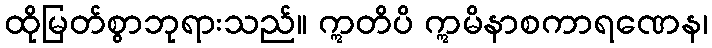
ထိုမြတ်စွာဘုရားသည်။ ဣတိပိ ဣမိနာစကာရဏေန၊